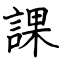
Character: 課